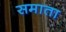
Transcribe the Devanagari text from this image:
समाता